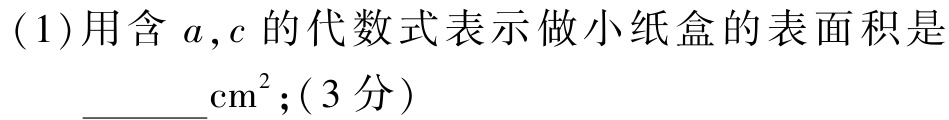
(1)用含 \(a,c\) 的代数式表示做小纸盒的表面积是 \(\underline{\quad\quad}\mathrm{cm}^{2};(3\) 分）